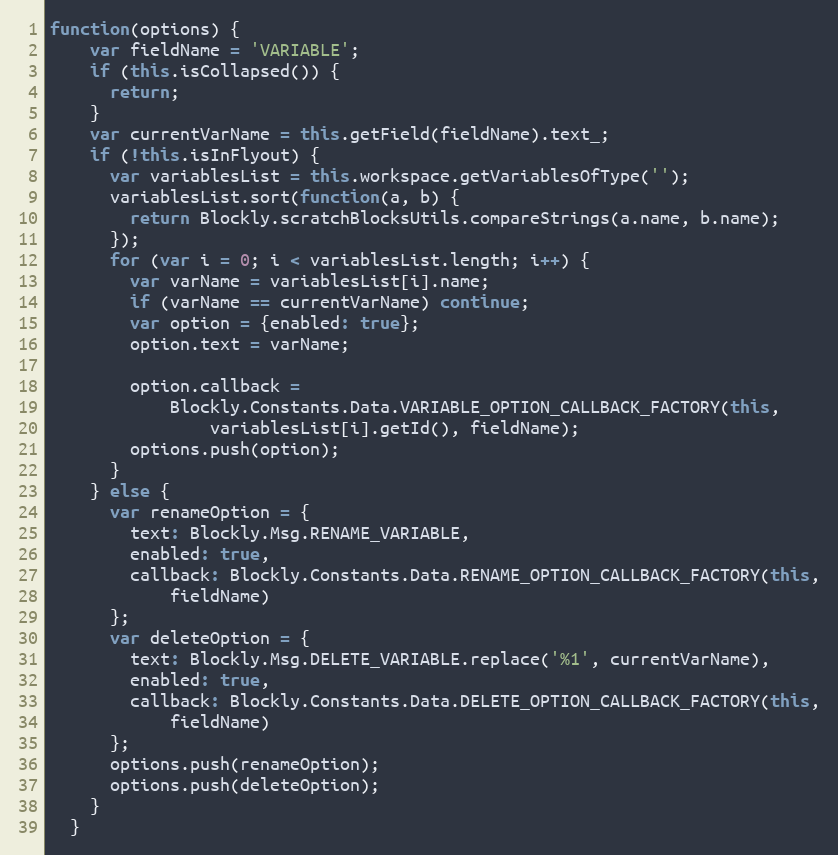
Language: JavaScript
function(options) {
    var fieldName = 'VARIABLE';
    if (this.isCollapsed()) {
      return;
    }
    var currentVarName = this.getField(fieldName).text_;
    if (!this.isInFlyout) {
      var variablesList = this.workspace.getVariablesOfType('');
      variablesList.sort(function(a, b) {
        return Blockly.scratchBlocksUtils.compareStrings(a.name, b.name);
      });
      for (var i = 0; i < variablesList.length; i++) {
        var varName = variablesList[i].name;
        if (varName == currentVarName) continue;
        var option = {enabled: true};
        option.text = varName;

        option.callback =
            Blockly.Constants.Data.VARIABLE_OPTION_CALLBACK_FACTORY(this,
                variablesList[i].getId(), fieldName);
        options.push(option);
      }
    } else {
      var renameOption = {
        text: Blockly.Msg.RENAME_VARIABLE,
        enabled: true,
        callback: Blockly.Constants.Data.RENAME_OPTION_CALLBACK_FACTORY(this,
            fieldName)
      };
      var deleteOption = {
        text: Blockly.Msg.DELETE_VARIABLE.replace('%1', currentVarName),
        enabled: true,
        callback: Blockly.Constants.Data.DELETE_OPTION_CALLBACK_FACTORY(this,
            fieldName)
      };
      options.push(renameOption);
      options.push(deleteOption);
    }
  }